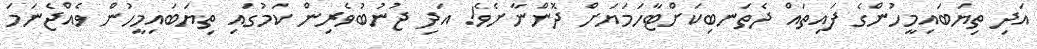
އަދި ތިޔަބައިމީހުންގެ ފައިތައް ދެތަނބިކަށްޓާހަމަޔަށް ދޮންނާށެވެ! އަދި ޖުނުބުވެރިން ކަމުގައި ތިޔަބައިމީހުން ވެއްޖެނަމަ